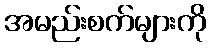
အမည်းစက်များကို